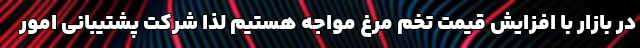
در بازار با افزایش قیمت تخم مرغ مواجه هستیم لذا شرکت پشتیبانی امور